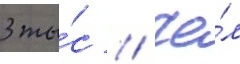
3 ты́с // Че́л